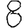
Digit: 8